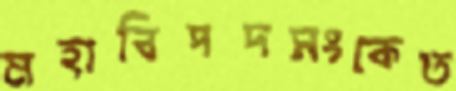
মহাবিপদসংকেত